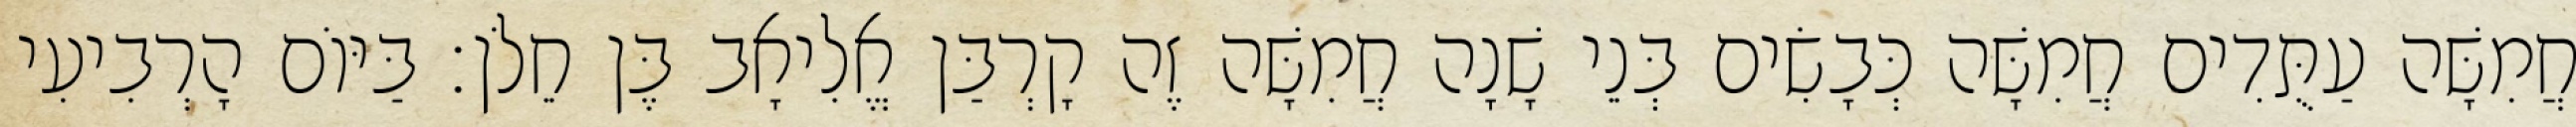
חֲמִשָּׁה עַתֻּדִים חֲמִשָּׁה כְּבָשִׂים בְּנֵי שָׁנָה חֲמִשָּׁה זֶה קָרְבַּן אֱלִיאָב בֶּן חֵלֹן׃ בַּיּוֹם הָרְבִיעִי